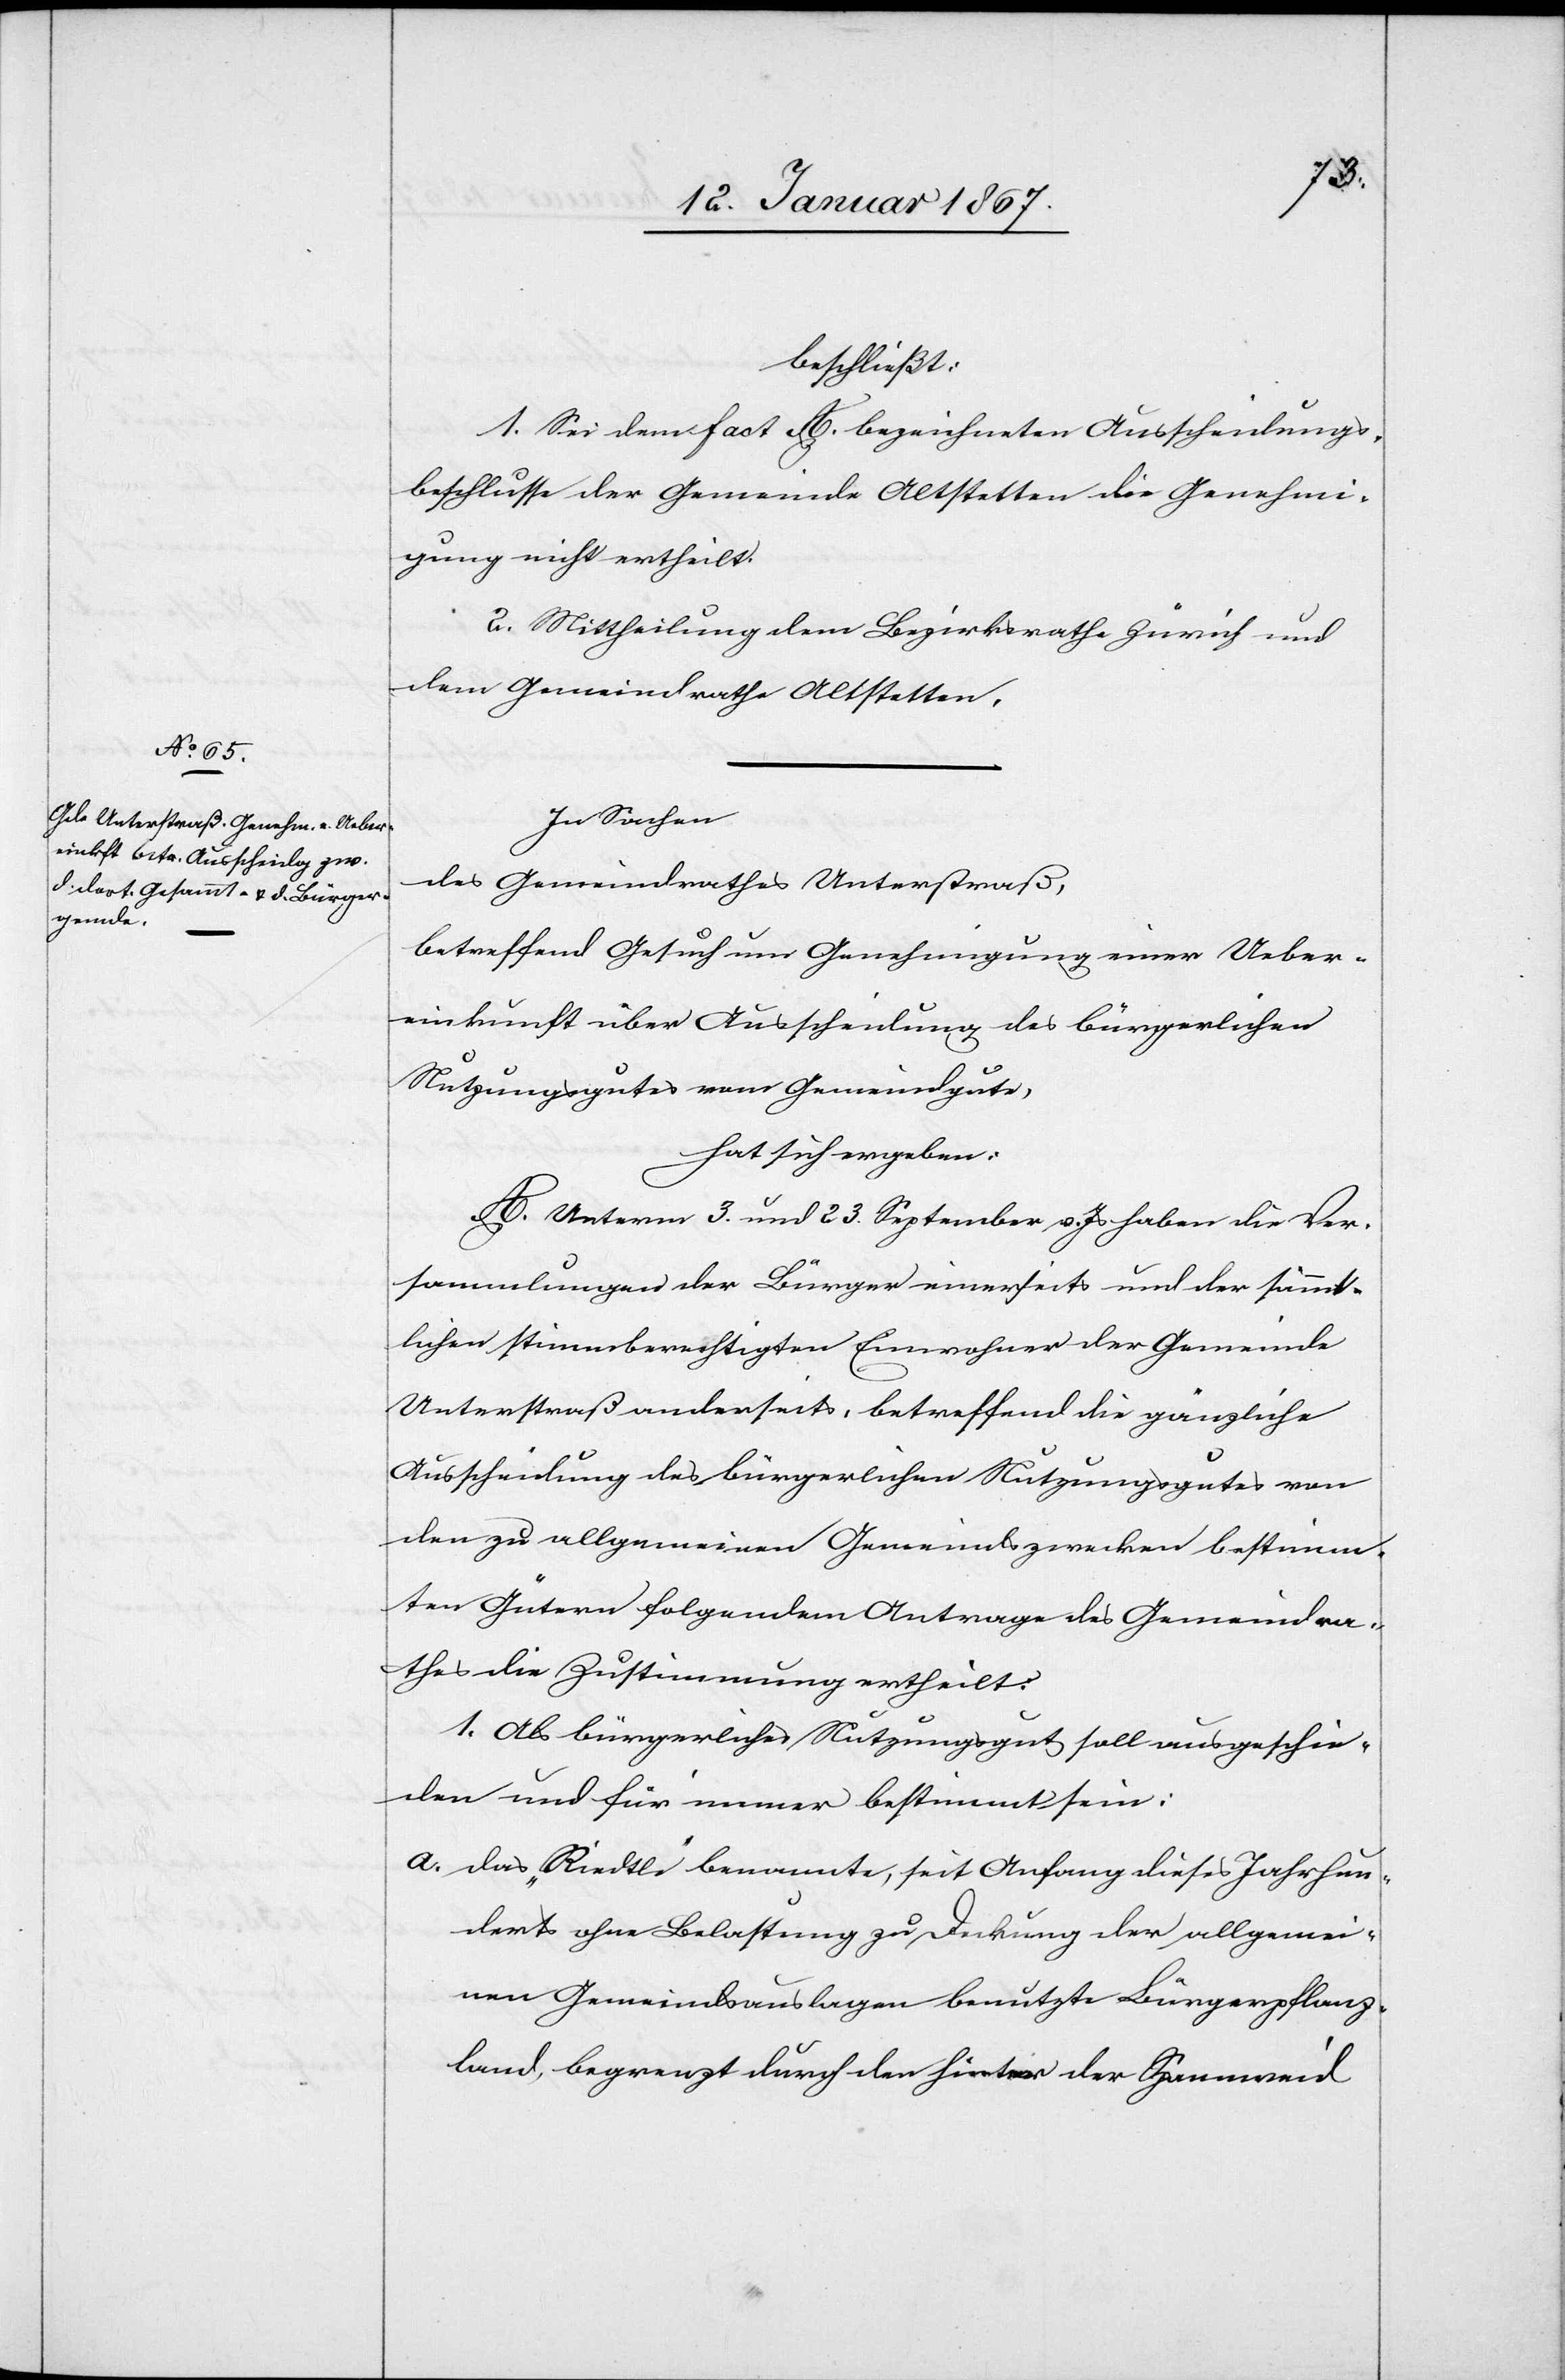
beschließt:
1. Sei dem fact A. bezeichneten Ausscheidungs¬
beschlussse der Gemeinde Altstetten die Genehmi¬
gung nicht ertheilt.
2. Mittheilung dem Bezirksrathe Zürich und
dem Gemeinderath Altstetten.
In Sachen
des Gemeindrathes Unterstraß,
betreffend Gesuch um Genehmigung einer Ueber¬
einkunft über Ausscheidung des bürgerlichen
Nutzungsgutes vom Gemeindgute,
hat sich ergeben:
A. Unterm 3. und 23. September v. Js haben die Ver¬
sammlungen der Bürger einerseits und der sämmt¬
lichen stimmberechtigten Einwohner der Gemeinde
Unterstraß anderseits, betreffend die gänzliche
Ausscheidung des bürgerlichen Nutzungsgutes von
den zu allgemeinen Gemeindszwecken bestimm¬
ten Gütern folgendem Antrage des Gemeindra¬
thes die Zustimmung ertheilt:
1. Als bürgerliches Nutzungsgut soll ausgeschie¬
den und für immer bestimmt sein:
a. das „Riedtli“ benannte, seit Anfang dieses Jahrhun¬
derts ohne Belastung zu Deckung der allgemei¬
nen Gemeindsauslagen benutzte Bürgerpflanz¬
land, begrenzt durch den hinter der Spannweid